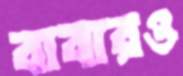
বাবারও